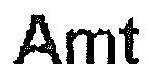
AMT